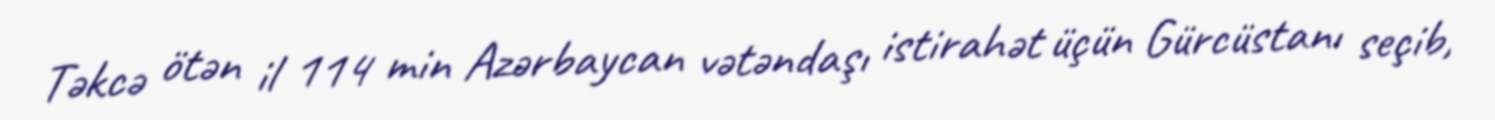
Təkcə ötən il 114 min Azərbaycan vətəndaşı istirahət üçün Gürcüstanı seçib,